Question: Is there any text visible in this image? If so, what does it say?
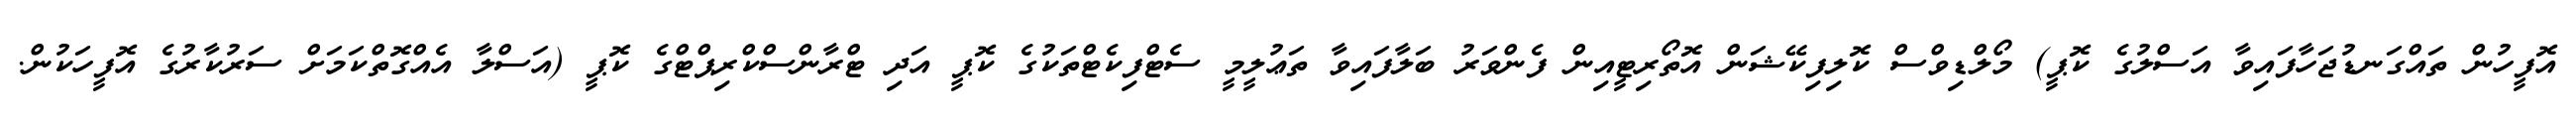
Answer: އޮފީހުން ތައްގަނޑުޖަހާފައިވާ އަސްލުގެ ކޮޕީ) މޯލްޑިވްސް ކޮލިފިކޭޝަން އޮތޯރިޓީއިން ފެންވަރު ބަލާފައިވާ ތަޢުލީމީ ސެޓްފިކެޓްތަކުގެ ކޮޕީ އަދި ޓްރާންސްކްރިޕްޓްގެ ކޮޕީ (އަސްލާ އެއްގޮތްކަމަށް ސަރުކާރުގެ އޮފީހަކުން.